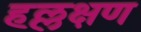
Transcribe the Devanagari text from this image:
हल्लक्षण